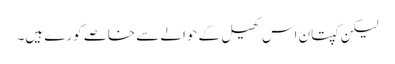
لیکن کپتان اس کھیل کے حوالے سے خاصے کورے ہیں۔